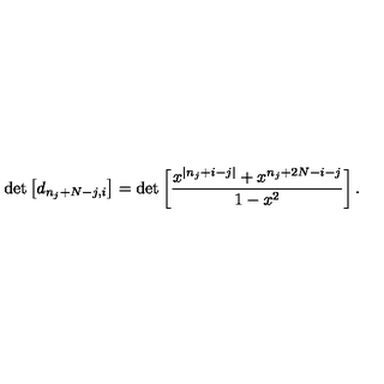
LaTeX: \det \left[ d _ { n _ { j } + N - j , i } \right] = \det \left[ \frac { x ^ { | n _ { j } + i - j | } + x ^ { n _ { j } + 2 N - i - j } } { 1 - x ^ { 2 } } \right] .